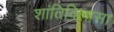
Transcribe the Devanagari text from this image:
शांतिविलास।